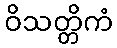
ဝိသတ္တိကံ